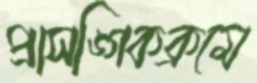
প্রাসঙ্গিকক্রমে